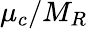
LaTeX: \mu_{c}/M_{R}